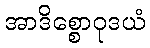
အာဒိစ္စောဝုဒယံ